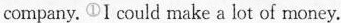
company. ①I could make a lot of money.